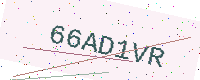
Text: 66AD1VR